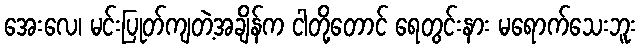
အေးလေ၊ မင်းပြုတ်ကျတဲ့အချိန်က ငါတို့တောင် ရေတွင်းနား မရောက်သေးဘူး